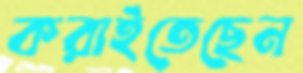
করাইতেছেন